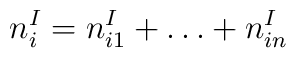
n^{I}_{i} = n^{I}_{i1} +  \ldots +  n^{I}_{in}